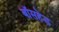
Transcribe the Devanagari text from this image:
बॉसहेड